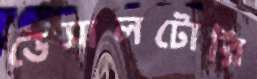
ডেসালটোরি